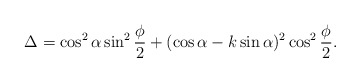
\begin{align*}\Delta = \cos^2\alpha\sin^2\frac\phi 2+(\cos\alpha-k\sin\alpha)^2\cos^2\frac\phi 2.\end{align*}